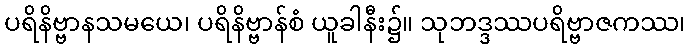
ပရိနိဗ္ဗာနသမယေ၊ ပရိနိဗ္ဗာန်စံ ယူခါနီး၌။ သုဘဒ္ဒဿပရိဗ္ဗာဇကဿ၊